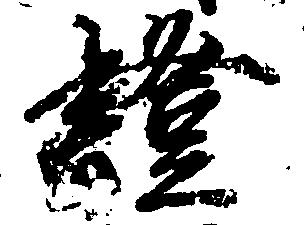
証